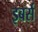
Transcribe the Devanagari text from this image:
इबर्स